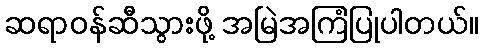
ဆရာဝန်ဆီသွားဖို့ အမြဲအကြံပြုပါတယ်။